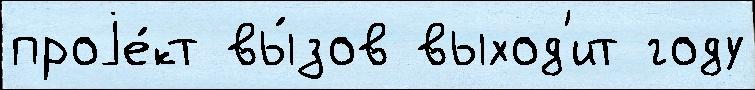
проjе́кт вы́зов выход'ит году